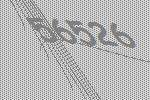
56526